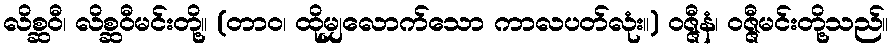
လိစ္ဆဝီ၊ လိစ္ဆဝီမင်းတို့။ (တာဝ၊ ထိုမျှလောက်သော ကာလပတ်လုံး။) ဝဇ္ဇီနံ၊ ဝဇ္ဇီမင်းတို့သည်။